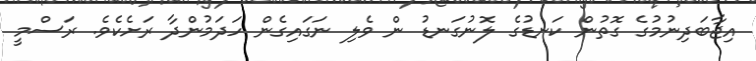
އިޖާބަދިނުމުގެ ގޮތުން ކަނޑުގެ ލޮނުގަނޑު ން ވެލި ނަގައިގެން ހަދަމުންދާ ރަށެކެވެ. ރަސްމީ